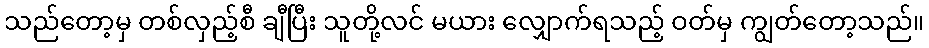
သည်တော့မှ တစ်လှည့်စီ ချီပြီး သူတို့လင် မယား လျှောက်ရသည့် ဝတ်မှ ကျွတ်တော့သည်။